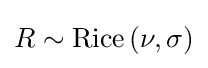
R\sim \mathrm {Rice} \left(\nu ,\sigma \right)